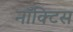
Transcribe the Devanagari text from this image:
नॉक्टिस